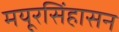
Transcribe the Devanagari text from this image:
मयूरसिंहासन